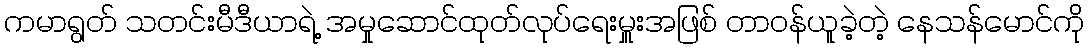
ကမာရွတ် သတင်းမီဒီယာရဲ့ အမှုဆောင်ထုတ်လုပ်ရေးမှူးအဖြစ် တာဝန်ယူခဲ့တဲ့ နေသန်မောင်ကို